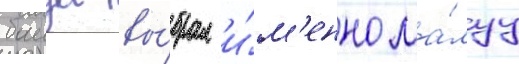
баида вы́брал и́м'енно ма́луу